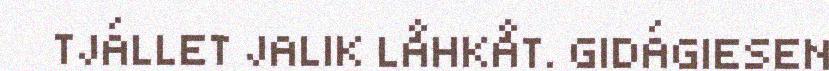
TJÁLLET JALIK LÅHKÅT. GIDÁGIESEN